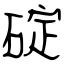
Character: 碇